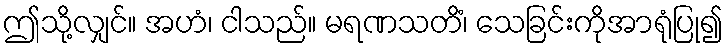
ဤသို့လျှင်။ အဟံ၊ ငါသည်။ မရဏသတိံ၊ သေခြင်းကိုအာရုံပြု၍